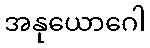
အနုယောဂေါ